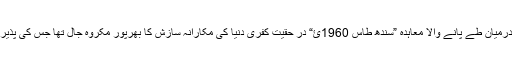
پاکستان و بھارت کے درمیان طے پانے والا معاہدہ ”سندھ طاس 1960ئ“ در حقیت کفری دنیا کی مکارانہ سازش کا بھرپور مکروہ جال تھا جس کی پذیرائی اہل مغرب نے کی۔